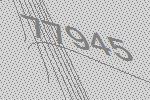
77945